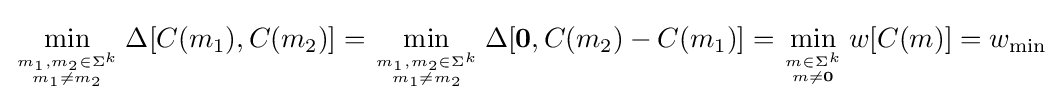
\min _{m_{1},m_{2}\in \Sigma ^{k} \atop m_{1}\neq m_{2}}\Delta [C(m_{1}),C(m_{2})]=\min _{m_{1},m_{2}\in \Sigma ^{k} \atop m_{1}\neq m_{2}}\Delta [\mathbf {0} ,C(m_{2})-C(m_{1})]=\min _{m\in \Sigma ^{k} \atop m\neq \mathbf {0} }w[C(m)]=w_{\min }